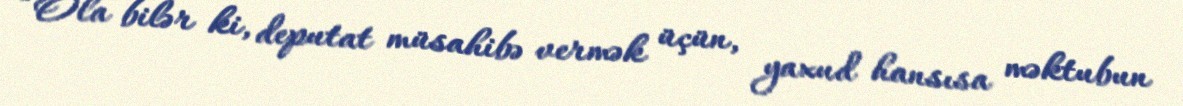
“Ola bilər ki, deputat müsahibə vermək üçün, yaxud hansısa məktubun